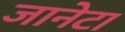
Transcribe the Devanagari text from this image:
जानेटा